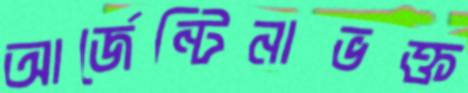
আর্জেন্টিনাভক্ত